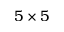
5 \times 5